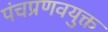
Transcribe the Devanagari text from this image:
पंचप्रणवयुक्त